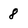
Character: 8